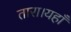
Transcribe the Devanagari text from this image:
तारा।यहाँ